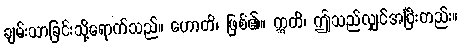
ချမ်းသာခြင်းသို့ရောက်သည်။ ဟောတိ၊ ဖြစ်၏။ ဣတိ၊ ဤသည်လျှင်အပြီးတည်း။